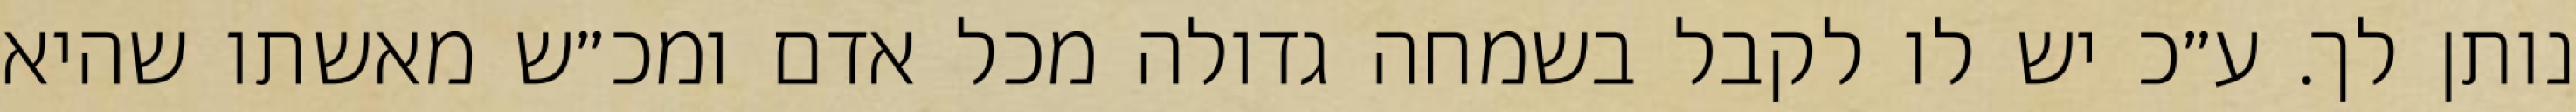
נותן לך. ע״כ יש לו לקבל בשמחה גדולה מכל אדם ומכ״ש מאשתו שהיא